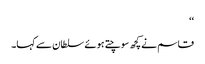
‘‘
قاسم نے کچھ سوچتے ہوئے سلطان سے کہا۔